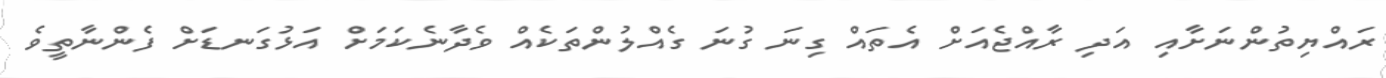
ރައްޔިތުންނަށާއި އަދި ރާއްޖެއަށް އެތައް ގިނަ ގުނަ ގެއްލުންތަކެއް ވެދާނެކަމަށް އަޅުގަނޑަށް ފެންނާތީވެ